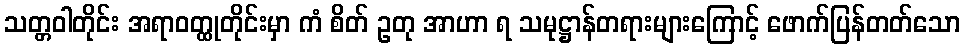
သတ္တဝါတိုင်း အရာဝတ္ထုတိုင်းမှာ ကံ စိတ် ဥတု အာဟာ ရ သမုဋ္ဌာန်တရားများကြောင့် ဖောက်ပြန်တတ်သော